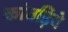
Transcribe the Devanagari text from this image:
कांवड़िये